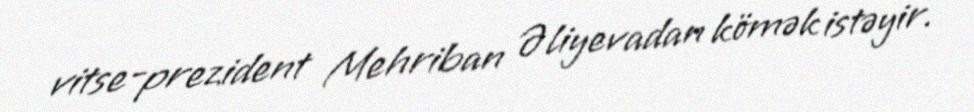
vitse-prezident Mehriban Əliyevadan kömək istəyir.